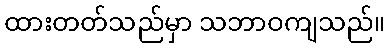
ထားတတ်သည်မှာ သဘာဝကျသည်။